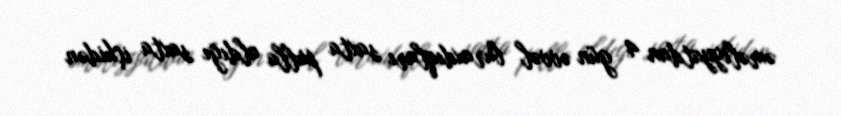
əməliyyatdan 4 gün əvvəl buraxdıqları saxta pulla aldığı saxta içkidən